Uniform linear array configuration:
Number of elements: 8
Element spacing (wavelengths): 1
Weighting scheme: kaiser
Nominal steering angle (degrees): -15
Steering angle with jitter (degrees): -14.068
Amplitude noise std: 0.05
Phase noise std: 0.05

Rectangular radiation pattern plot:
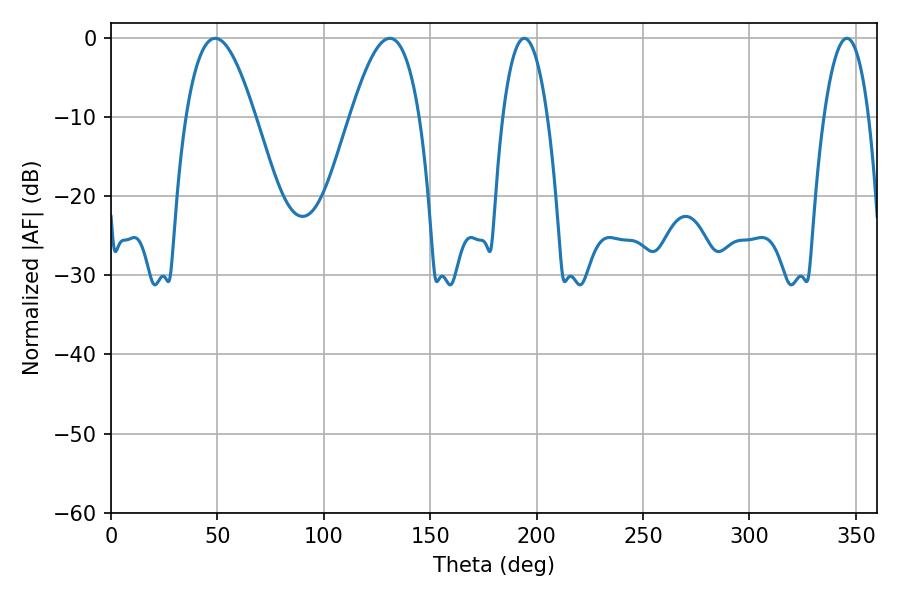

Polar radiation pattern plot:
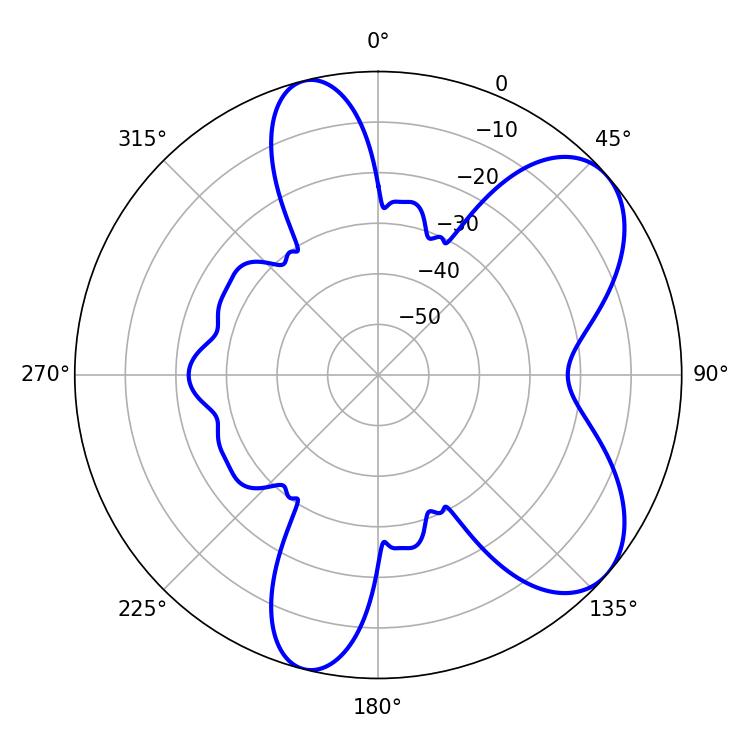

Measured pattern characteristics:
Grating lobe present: TRUE
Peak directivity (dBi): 6.958
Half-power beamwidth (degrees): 11.7
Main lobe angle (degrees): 194.22